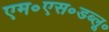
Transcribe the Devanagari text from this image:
एम॰एस॰डब्लू॰